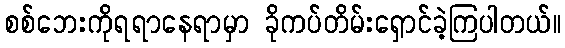
စစ်ဘေးကိုရရာနေရာမှာ ခိုကပ်တိမ်းရှောင်ခဲ့ကြပါတယ်။